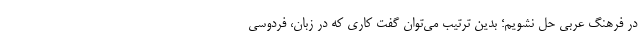
در فرهنگ عربی حل نشویم؛ بدین ترتیب می‌توان گفت کاری که در زبان، فردوسی